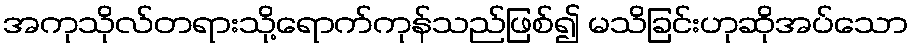
အကုသိုလ်တရားသို့ရောက်ကုန်သည်ဖြစ်၍ မသိခြင်းဟုဆိုအပ်သော